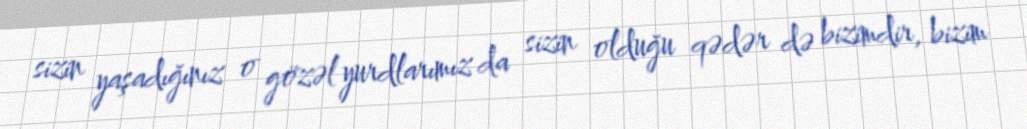
sizin yaşadığınız o gözəl yurdlarımız da sizin olduğu qədər də bizimdir, bizim